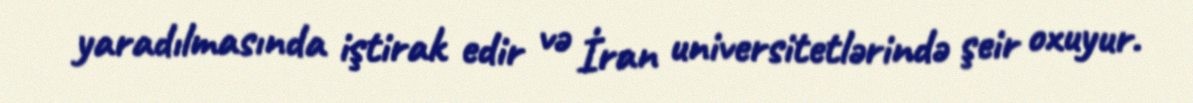
yaradılmasında iştirak edir və İran universitetlərində şeir oxuyur.